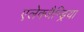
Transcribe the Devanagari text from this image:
एलेक्जैन्ड्रिया